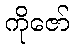
ကိုဇော်